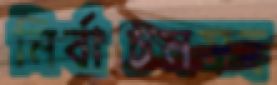
নির্বাচনসহ